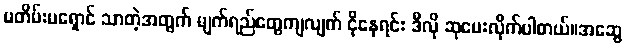
မတိမ်းမရှောင် သာတဲ့အတွက် မျက်ရည်တွေကျလျက် ငိုနေရင်း ဒီလို ဆုပေးလိုက်ပါတယ်။အဆွေ